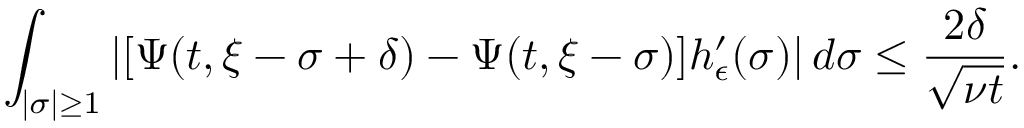
\int _ { | \sigma | \geq 1 } \left| [ \Psi ( t , \xi - \sigma + \delta ) - \Psi ( t , \xi - \sigma ) ] h _ { \epsilon } ^ { \prime } ( \sigma ) \right| d \sigma \leq \frac { 2 \delta } { \sqrt { \nu t } } .